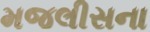
મજલીસના